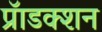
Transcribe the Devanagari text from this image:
प्रॅाडक्शन